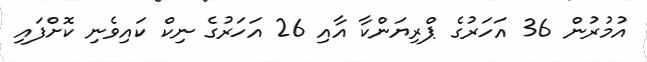
އުމުރުން 36 އަހަރުގެ ޕްރިޔަންކާ އާއި 26 އަހަރުގެ ނިކް ކައިވެނި ކޮށްފައި